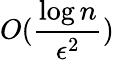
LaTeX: O(\frac{\log n}{\epsilon^{2}})